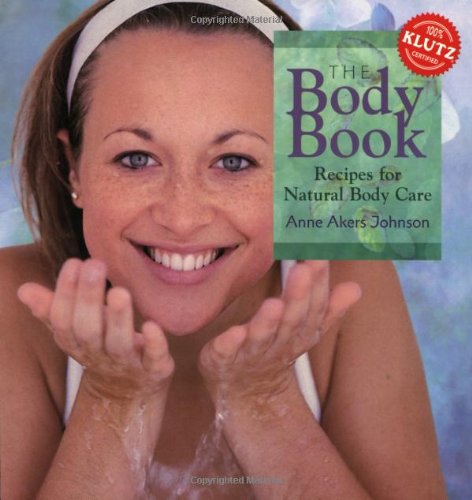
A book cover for The Body Book: Recipes for Natural Body Care; Anne Akers Johnson; Teen & Young Adult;